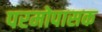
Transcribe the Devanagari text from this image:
परमोपासक